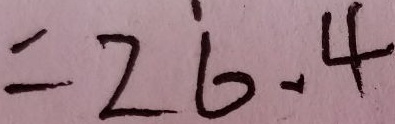
= 2 6 . 4